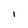
Character: 1